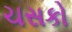
ચસકો